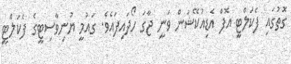
ގޮތުގައި ފެކަލްޓީ އޮފް އެޑިއުކޭޝަން ވަނީ ޖާގަ ހޯދައިފައެވެ. ގައުމީ ޔުނިވާސިޓީގެ ފެކަލްޓީ